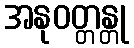
အနုဝတ္တန္တု